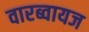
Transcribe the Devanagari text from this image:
वारब्वायज